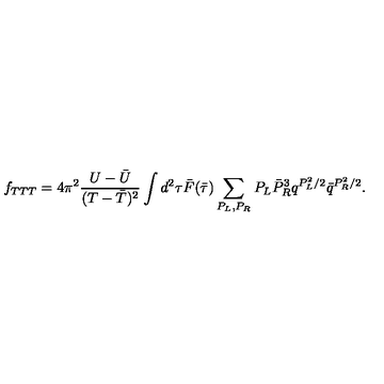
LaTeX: f _ { T T T } = 4 \pi ^ { 2 } \frac { U - { \bar { U } } } { ( T - { \bar { T } } ) ^ { 2 } } \int d ^ { 2 } \tau { \bar { F } } ( { \bar { \tau } } ) \sum _ { P _ { L } , P _ { R } } P _ { L } { \bar { P } } _ { R } ^ { 3 } q ^ { P _ { L } ^ { 2 } / 2 } { \bar { q } } ^ { P _ { R } ^ { 2 } / 2 } .